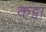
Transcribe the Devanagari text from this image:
कट्वा